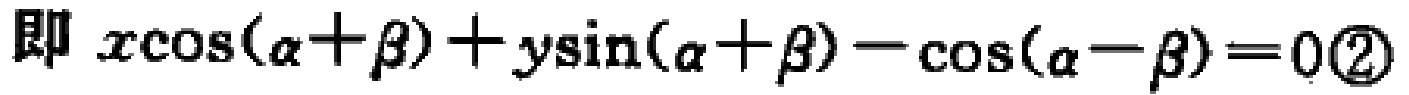
即 \(x\cos(\alpha+\beta)+y\sin(\alpha + \beta)-\cos(\alpha - \beta)=0\textcircled{2}\)